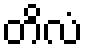
တိလံ